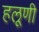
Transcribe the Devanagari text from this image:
हलूणी